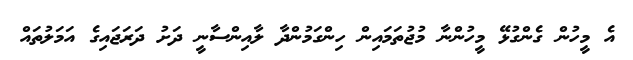
އެ މީހުން ގެންގުޅޭ މީހުންނާ މުޖުތަމައިން ހިންގަމުންދާ ލާއިންސާނީ ދަށު ދަރަޖައިގެ އަމަލުތައް